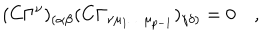
( C \Gamma ^ { \nu } ) _ { ( \alpha \beta } ( C \Gamma _ { \nu \mu _ { 1 } \dots \mu _ { p - 1 } } ) _ { \gamma \delta ) } = 0 \quad ,